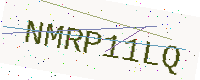
Text: NMRP11LQ